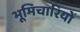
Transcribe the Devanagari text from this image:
भूमिचारियों